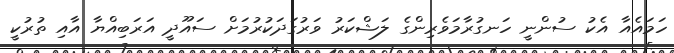
ހަމައެއާ އެކު ސުންނީ ހަނގުރާމަވެރިންގެ ލަޝްކަރު ވަރުގަދަކުރުމަށް ސައޫދީ އަރަބިއްޔާ އާއި ތުރުކީ